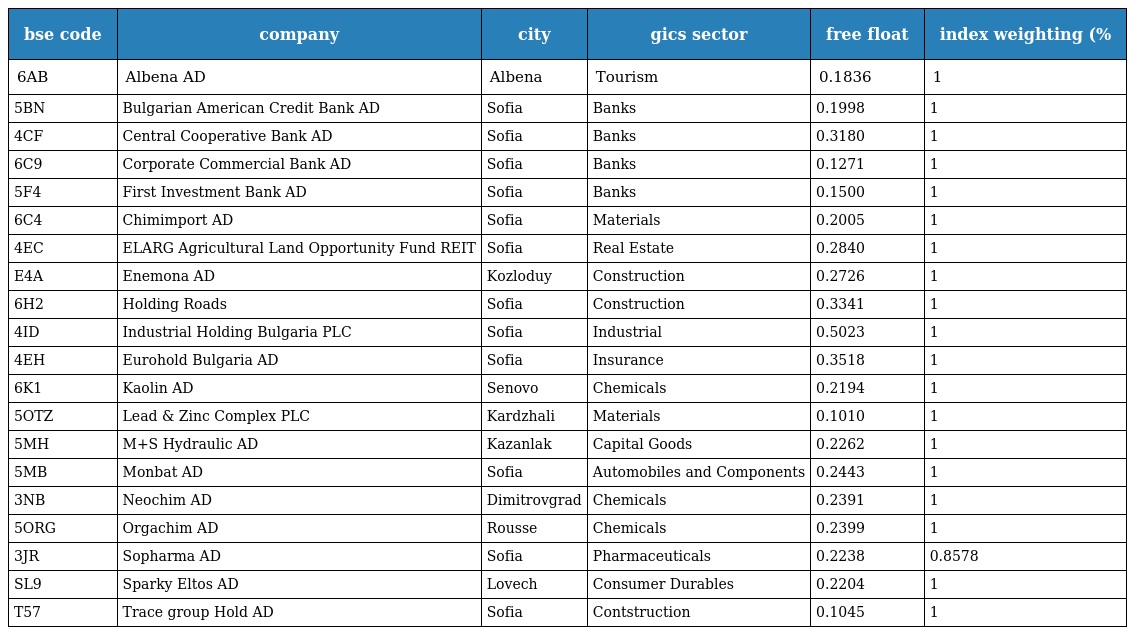
| bse code | company | city | gics sector | free float | index weighting (% |
 | --- | --- | --- | --- | --- | --- |
 | 6AB | Albena AD | Albena | Tourism | 0.1836 | 1 |
 | 5BN | Bulgarian American Credit Bank AD | Sofia | Banks | 0.1998 | 1 |
 | 4CF | Central Cooperative Bank AD | Sofia | Banks | 0.3180 | 1 |
 | 6C9 | Corporate Commercial Bank AD | Sofia | Banks | 0.1271 | 1 |
 | 5F4 | First Investment Bank AD | Sofia | Banks | 0.1500 | 1 |
 | 6C4 | Chimimport AD | Sofia | Materials | 0.2005 | 1 |
 | 4EC | ELARG Agricultural Land Opportunity Fund REIT | Sofia | Real Estate | 0.2840 | 1 |
 | E4A | Enemona AD | Kozloduy | Construction | 0.2726 | 1 |
 | 6H2 | Holding Roads | Sofia | Construction | 0.3341 | 1 |
 | 4ID | Industrial Holding Bulgaria PLC | Sofia | Industrial | 0.5023 | 1 |
 | 4EH | Eurohold Bulgaria AD | Sofia | Insurance | 0.3518 | 1 |
 | 6K1 | Kaolin AD | Senovo | Chemicals | 0.2194 | 1 |
 | 5OTZ | Lead & Zinc Complex PLC | Kardzhali | Materials | 0.1010 | 1 |
 | 5MH | M+S Hydraulic AD | Kazanlak | Capital Goods | 0.2262 | 1 |
 | 5MB | Monbat AD | Sofia | Automobiles and Components | 0.2443 | 1 |
 | 3NB | Neochim AD | Dimitrovgrad | Chemicals | 0.2391 | 1 |
 | 5ORG | Orgachim AD | Rousse | Chemicals | 0.2399 | 1 |
 | 3JR | Sopharma AD | Sofia | Pharmaceuticals | 0.2238 | 0.8578 |
 | SL9 | Sparky Eltos AD | Lovech | Consumer Durables | 0.2204 | 1 |
 | T57 | Trace group Hold AD | Sofia | Contstruction | 0.1045 | 1 |